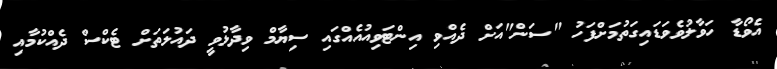
އެވޯޑާ ހަވާލުވެވަޑައިގަތުމަށްފަހު "ސަން"އަށް ދެއްވި އިންޓަވިއުއެއްގައި ސިޔާމް ވިދާޅުވީ ދައުލަތަށް ޓެކްސް ދެއްކުމާއި